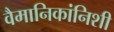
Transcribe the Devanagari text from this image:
वैमानिकांनिशी